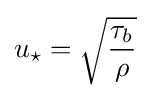
u_{\star }={\sqrt {\frac {\tau _{b}}{\rho }}}